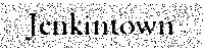
Jenkintown